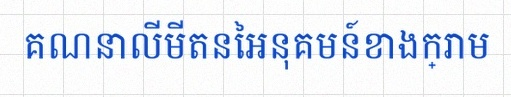
គណនាលីមីតនៃអនុគមន៍ខាងក្រោម